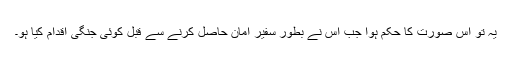
یہ تو اس صورت کا حکم ہوا جب اس نے بطور سفیر امان حاصل کرنے سے قبل کوئی جنگی اقدام کیا ہو۔